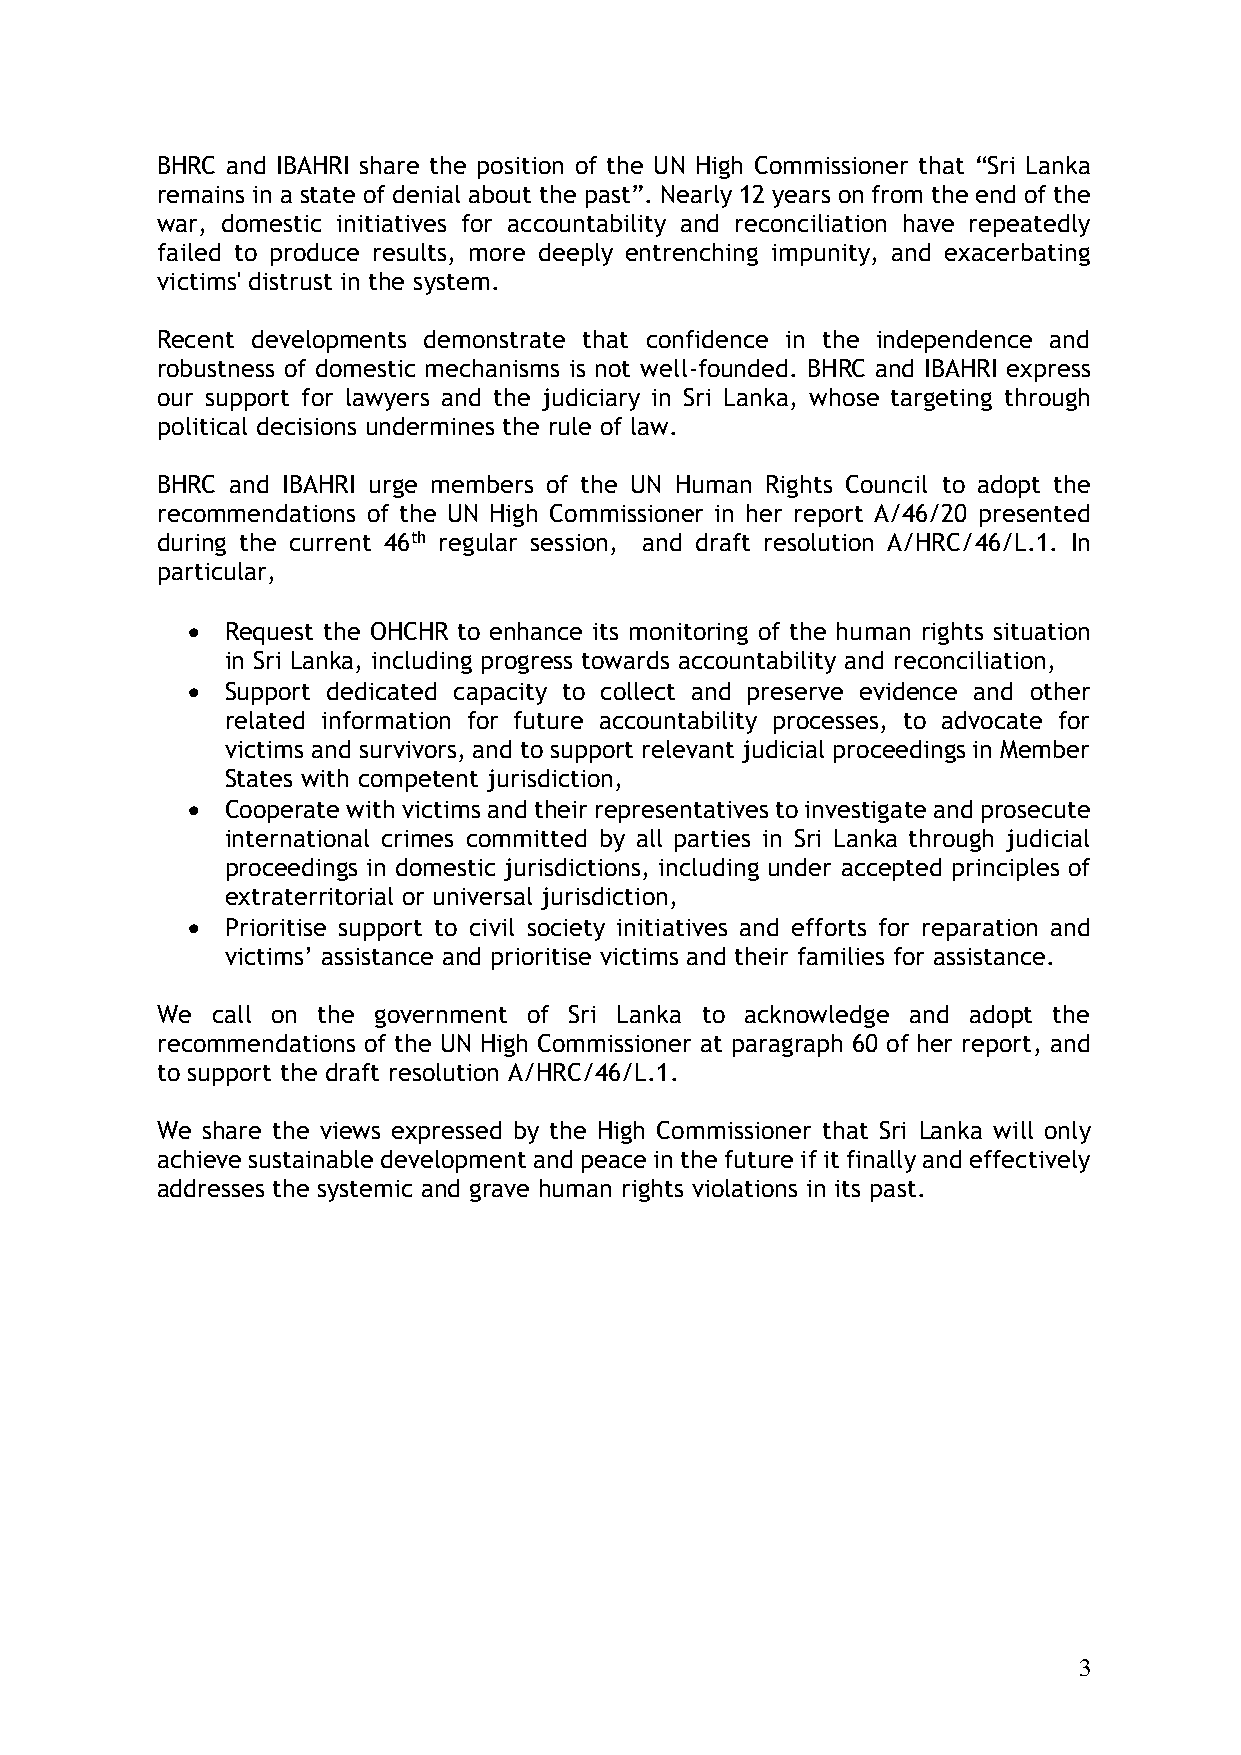
BHRC and IBAHRI share the position of the UN High Commissioner that “Sri Lanka
 remains in a state of denial about the past”. Nearly 12 years on from the end of the
 war, domestic initiatives for accountability and reconciliation have repeatedly
 failed to produce results, more deeply entrenching impunity, and exacerbating
 victims' distrust in the system.
 Recent developments demonstrate that confidence in the independence and
 robustness of domestic mechanisms is not well-founded. BHRC and IBAHRI express
 our support for lawyers and the judiciary in Sri Lanka, whose targeting through
 political decisions undermines the rule of law.
 BHRC and IBAHRI urge members of the UN Human Rights Council to adopt the
 recommendations of the UN High Commissioner in her report A/46/20 presented
 during the current 46th regular session, and draft resolution A/HRC/46/L.1. In
 particular,
 •  Request the OHCHR to enhance its monitoring of the human rights situation
 in Sri Lanka, including progress towards accountability and reconciliation,
 •  Support dedicated capacity to collect and preserve evidence and other
 related information for future accountability processes, to advocate for
 victims and survivors, and to support relevant judicial proceedings in Member
 States with competent jurisdiction,
 •  Cooperate with victims and their representatives to investigate and prosecute
 international crimes committed by all parties in Sri Lanka through judicial
 proceedings in domestic jurisdictions, including under accepted principles of
 extraterritorial or universal jurisdiction,
 •  Prioritise support to civil society initiatives and efforts for reparation and
 victims’ assistance and prioritise victims and their families for assistance.
 We  call on the government of Sri Lanka to acknowledge and adopt the
 recommendations of the UN High Commissioner at paragraph 60 of her report, and
 to support the draft resolution A/HRC/46/L.1.
 We share the views expressed by the High Commissioner that Sri Lanka will only
 achieve sustainable development and peace in the future if it finally and effectively
 addresses the systemic and grave human rights violations in its past.
 3